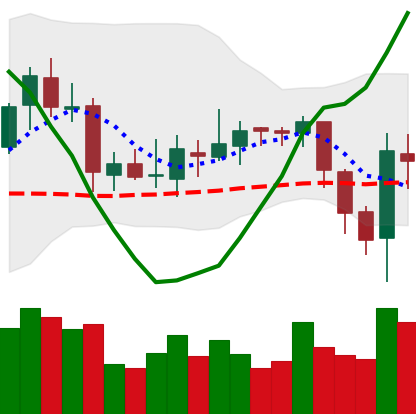
Ticker: ETC-USD
Chart end date: 2018-08-04
Forward return: -7.983%
Label: down_7plus